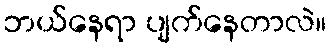
ဘယ်နေရာ ပျက်နေတာလဲ။